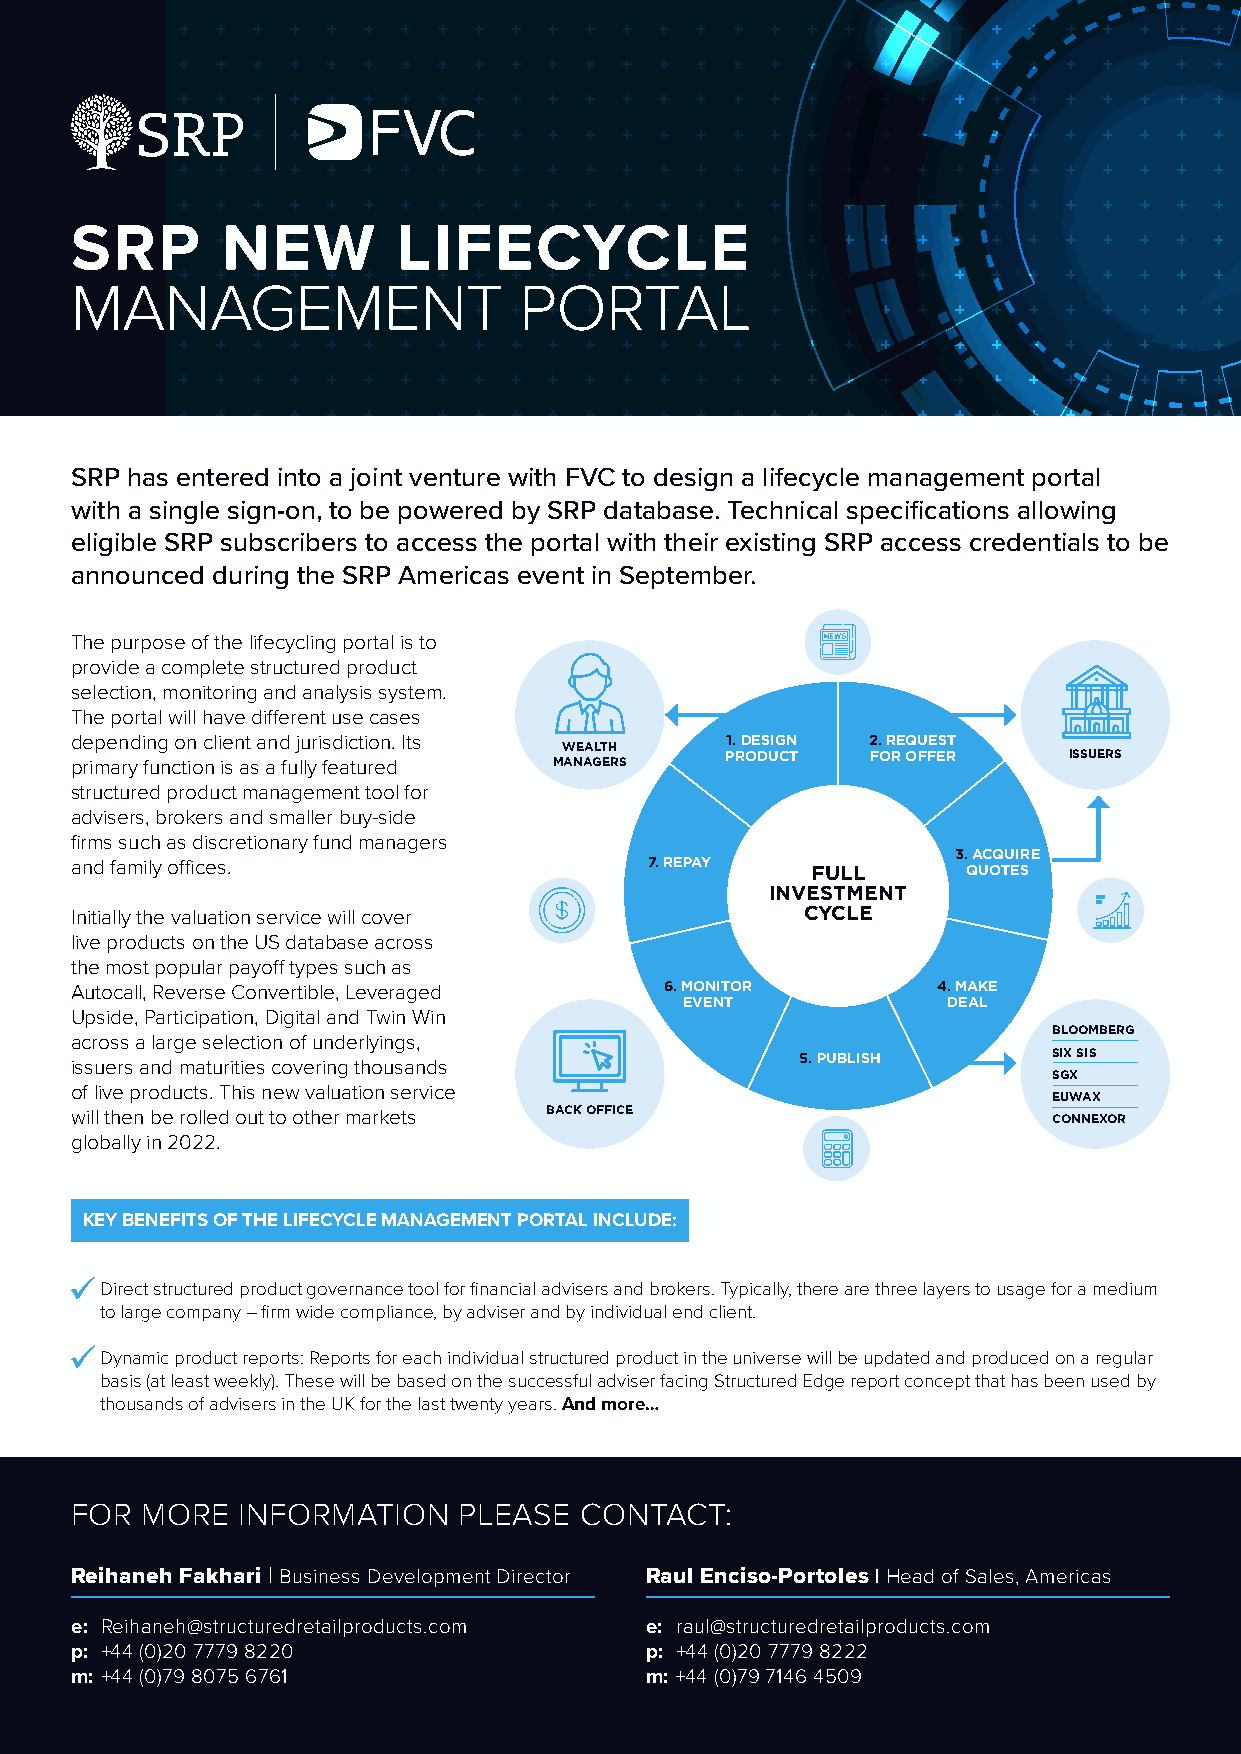
SRP       NEW        LIFECYCLE
 MANAGEMENT                   PORTAL
 SRP has entered into a joint venture with FVC to design a lifecycle management portal
 with a single sign-on, to be powered by SRP database. Technical specifications allowing
 eligible SRP subscribers to access the portal with their existing SRP access credentials to be
 announced during the SRP Americas event in September.
 The purpose of the lifecycling portal is to
 provide a complete structured product
 selection, monitoring and analysis system.
 The portal will have different use cases
 depending on client and jurisdiction. Its  1. DESIGN 2. REQUEST
 WEALTH
 primary function is as a fully featured MANAGERS PRODUCT FOR OFFER ISSUERS
 structured product management tool for
 advisers, brokers and smaller buy-side
 firms such as discretionary fund managers
 3. ACQUIRE
 and family offices.                   7. REPAY   FULL      QUOTES
 INVESTMENT
 Initially the valuation service will cover      CYCLE
 live products on the US database across
 the most popular payoff types such as
 Autocall, Reverse Convertible, Leveraged 6. MONITOR      4. MAKE
 EVENT             DEAL
 Upside, Participation, Digital and Twin Win
 BLOOMBERG
 across a large selection of underlyings,
 5. PUBLISH       SIX SIS
 issuers and maturities covering thousands
 SGX
 of live products. This new valuation service
 EUWAX
 will then be rolled out to other markets BACK OFFICE             CONNEXOR
 globally in 2022.
 KEY BENEFITS OF THE LIFECYCLE MANAGEMENT PORTAL INCLUDE:
 Direct structured product governance tool for financial advisers and brokers. Typically, there are three layers to usage for a medium
 to large company – firm wide compliance, by adviser and by individual end client.
 Dynamic product reports: Reports for each individual structured product in the universe will be updated and produced on a regular
 basis (at least weekly). These will be based on the successful adviser facing Structured Edge report concept that has been used by
 thousands of advisers in the UK for the last twenty years. And more…
 FOR MORE   INFORMATION   PLEASE  CONTACT:
 Reihaneh Fakhari | Business Development Director Raul Enciso-Portoles | Head of Sales, Americas
 e: R eihaneh@structuredretailproducts.com e: raul@structuredretailproducts.com
 p: +44 (0)20 7779 8220                p: +44 (0)20 7779 8222
 m: +44 (0)79 8075 6761                m: +44 (0)79 7146 4509